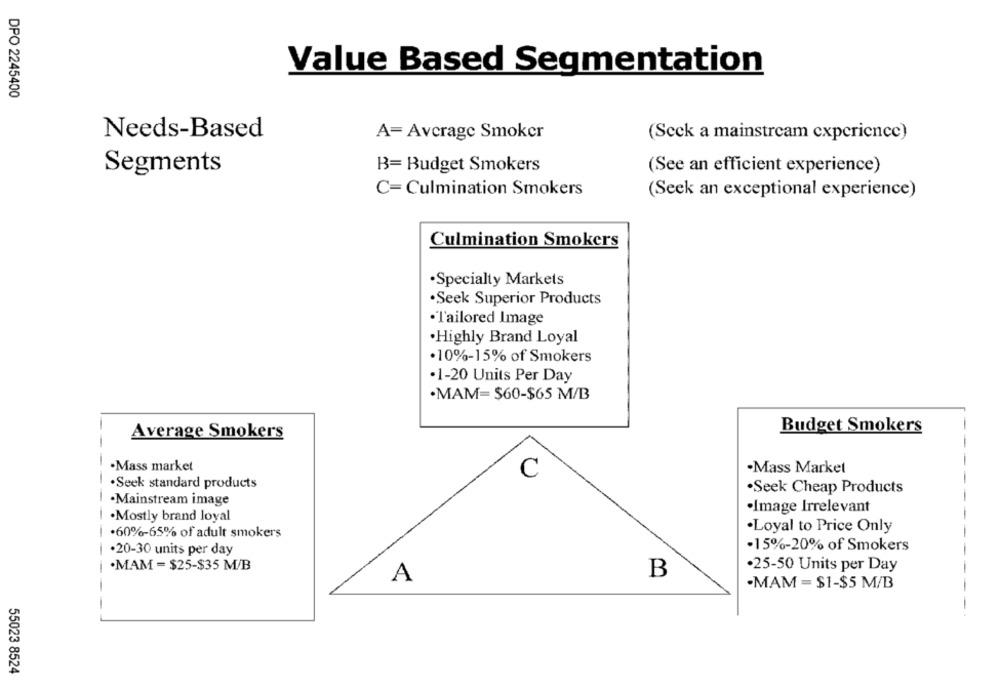
Value Based Segmentation
DPO 2245400
Needs-Based
A= Average Smoker
(Seck a mainstream experience)
Segments
B= Budget Smokers
(See an efficient experience)
C= Culmination Smokers
(Seek an exceptional experience)
Culmination Smokers
·Specialty Markets
·Seek Superior Products
·Tailored Image
.Highly Brand Loyal
·10%-15% of Smokers
·1-20 Units Per Day
.MAM= $60-$65 M/B
Budget Smokers
Average Smokers
Mass market
.Mass Market
C
-
.Seek standard products
.Seek Cheap Products
-
·Mainstream image
·Image Irrelevant
-
.Mostly brand loyal
.Loyal to Price Only
·60%-65% of adult smokers
.20-30 units per day
·15%-20% of Smokers
.MAM = $25-$35 M/B
.25-50 Units per Day
B
A
-MAM = $1-$5 M/B
-
-
55023 8524